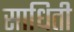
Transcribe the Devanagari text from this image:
साधिती